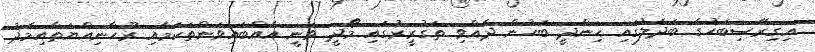
އިގިރޭސިބަހުގެ ބަދަލުގައި ހިންދީ ބަހުން ދެއްވި ތަގުރީރުގައި މޯދީ ވަނީ އެއްބައިވަންތަކަމާއި ރޫހާނިއްޔަތާއިމެދު